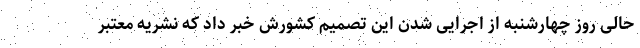
حالی روز چهارشنبه از اجرایی شدن این تصمیم کشورش خبر داد که نشریه معتبر